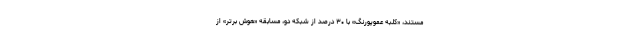
مستند، «کلبه عموپورنگ» با ۳۰ درصد از شبکه دو، مسابقه «هوش برتر» از